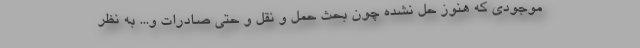
موجودی که هنوز حل نشده چون بحث حمل و نقل و حتی صادرات و... به نظر